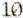
10